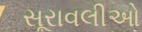
સૂરાવલીઓ